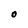
Character: O